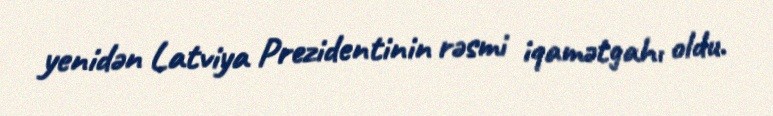
yenidən Latviya Prezidentinin rəsmi iqamətgahı oldu.